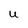
Character: U